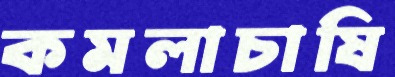
কমলাচাষি